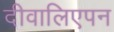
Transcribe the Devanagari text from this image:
दीवालिएपन